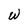
Character: W